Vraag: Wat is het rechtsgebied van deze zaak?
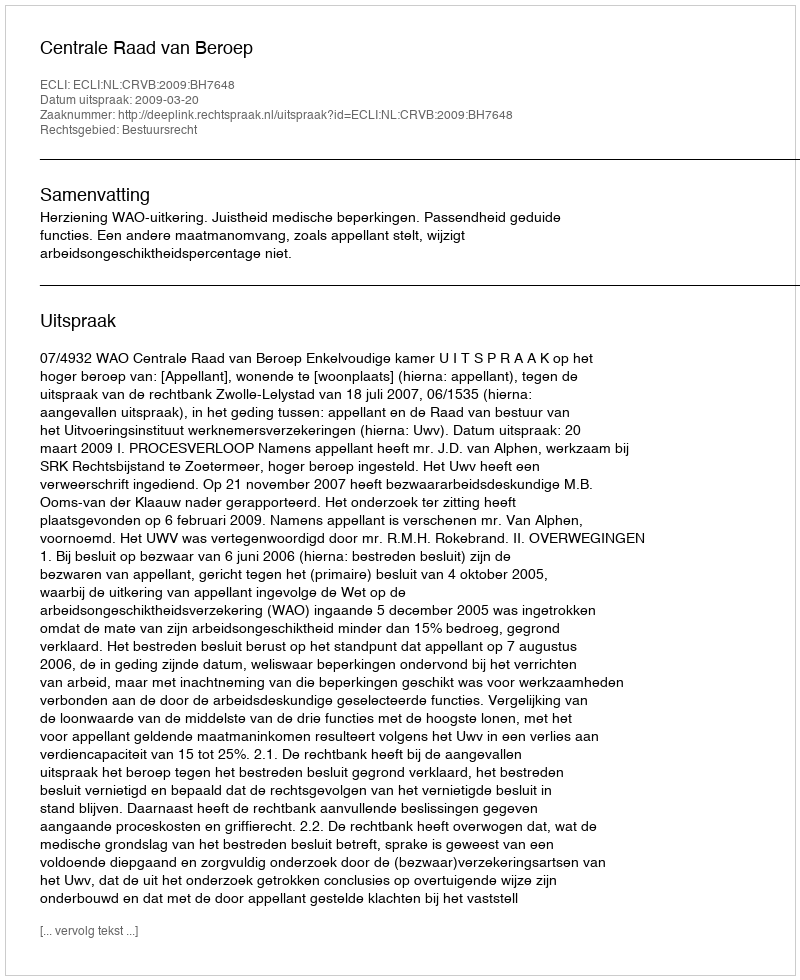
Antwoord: Bestuursrecht